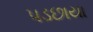
પડછાયા